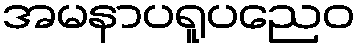
အမနာပရူပညေဝ